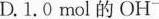
D.1.0mol的OH^{-}